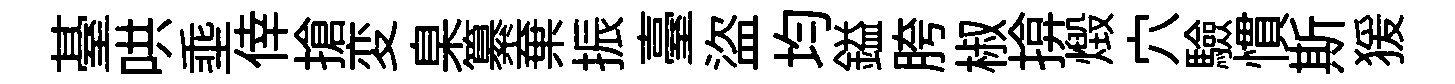
䑓哄埀倖搶変臬纂棄振臺盜均鎰胯椒揜燬穴驗慣斯猨